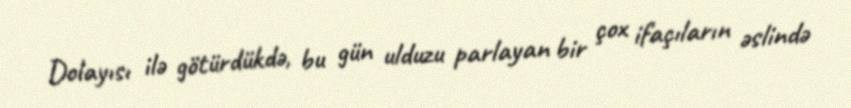
Dolayısı ilə götürdükdə, bu gün ulduzu parlayan bir çox ifaçıların əslində